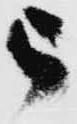
被